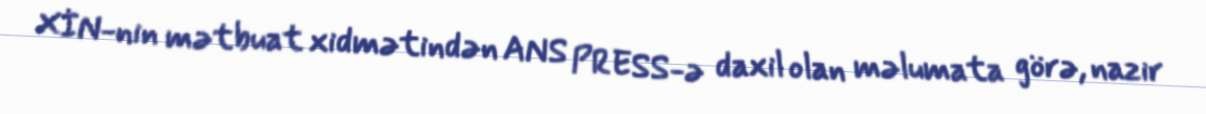
XİN-nin mətbuat xidmətindən ANS PRESS-ə daxil olan məlumata görə, nazir